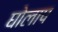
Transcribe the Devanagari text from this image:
घोलाप